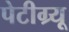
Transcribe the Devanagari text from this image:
पेटीग्र्यू